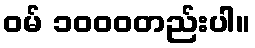
ဝမ် ၁၀၀၀တည်းပါ။